system: You are a helpful assistant.
user:
Analyze the provided spectrum to determine if it is a **White Dwarf (WD)**.

A White Dwarf spectrum is defined by its **extreme purity** (due to gravitational settling) and/or **extreme pressure broadening** (due to high surface gravity). You must check for one of the following mutually exclusive signatures:

- **Key Visual Indicators (Check for ONE of these types):**

    - **1. DA-Type Signature (Most Common):**
        - **(Primary Feature):** Extreme pressure broadening (Stark broadening) of the **Hydrogen (H) Balmer lines**.
        - **(Key Lines):** $H\beta$ (approx. $4861$ Å) and $H\gamma$ (approx. $4340$ Å). $H\alpha$ (approx. $6563$ Å) will also be present if the wavelength range covers it.
        - **(Line Profile):** This is the **defining feature**. The lines are **NOT** sharp. They appear as massive, **extremely broad and deep "troughs" or "dips"** in the spectrum, often hundreds of Ångströms wide. The continuum will appear to "scoop" down at these wavelengths.
        - **(Distinction):** Normal A-type or B-type stars have *narrow* and *sharp* Hydrogen lines. A DA White Dwarf's lines are unmistakably "smeared" or "blurry" from pressure.

    - **2. DB-Type Signature:**
        - **(Primary Feature):** Broad absorption lines from **Neutral Helium (He I)**. The spectrum must lack any visible Hydrogen lines.
        - **(Key Lines):** Look for broad absorption near $4471$ Å, $4921$ Å, and $5876$ Å.
        - **(Line Profile):** These lines are also significantly pressure-broadened, appearing much wider than they would in a normal B-type main-sequence star.

    - **3. DC-Type Signature:**
        - **(Primary Feature):** A **featureless continuous spectrum**.
        - **(Line Profile):** The spectrum is a smooth curve with **no significant absorption or emission lines**.
        - **(Key Confirmation):** The continuum is almost always **blue or white**, indicating a hot object. This signature implies the atmosphere is so pure (or so cool) that no spectral lines are visible in the optical range. Its WD identity is confirmed by its extremely low intrinsic brightness (high absolute magnitude).

    - **4. DZ-Type Signature (Metal-Polluted):**
        - **(Primary Feature):** **Isolated, narrow metal absorption lines** on an otherwise featureless (DC-like) continuum.
        - **(Key Lines):** The **Calcium (Ca II) H & K doublet** (approx. **$3934$ Å** and **$3968$ Å**) is the most common and defining feature.
        - **(Line Profile):** These lines are "out of place." They are *not* part of a "forest" of thousands of lines. This signature is evidence of recent *accretion* (pollution) from rocky debris.
        - **(Distinction):** Normal G/K/M stars have a *dense forest* of thousands of metal lines. A DZ has a *clean* continuum with *only a few* strong metal lines.

    - **5. DQ-Type Signature (Carbon-Polluted):**
        - **(Primary Feature):** Absorption bands from **Carbon (C₂ "Swan Bands" or atomic C I)**.
        - **(Key Lines - C₂):** Look for bandheads with a "saw-tooth" shape near $5635$ Å, **$5165$ Å** (strongest), and $4737$ Å.
        - **(Key Confirmation):** The underlying **continuum must be blue or white** (hot).
        - **(Distinction):** This is the critical difference from a **Carbon Star**, which has the *exact same* C₂ bands but on an extremely **red, cool** continuum.

- **(Overall Spectrum):**
    - The continuum (overall shape) is typically **blue-sloping** (brighter in the blue than the red), as most white dwarfs are very hot.
    - The spectrum will look "pure" or "simple," dominated by only *one* of the five signatures listed above.

Think first, call **spectral_visualization_tool** if needed to examine features in detail, then provide your final answer. Your response must adhere to the following strict rules:
1.  **Overall Structure:** Your response must follow the format `<think>...</think> <tool_call>...</tool_call> (if a tool is used) <answer>...</answer>`.
2.  **Tool Usage Constraint:** You may only make **one** tool call per turn.
3.  **Final Answer Format:** In the `<answer>` tag, your conclusion must be inside a `\boxed{}` command (e.g., `\boxed{YES}` or `\boxed{NO}`), followed by your justification.

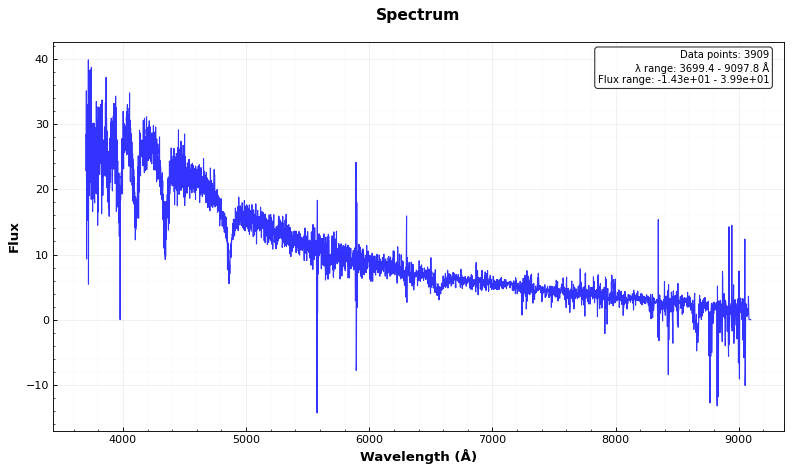
Answer: YES